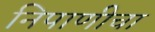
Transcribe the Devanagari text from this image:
निपाणीचा